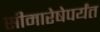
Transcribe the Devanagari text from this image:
सीमारेषेपर्यंत